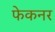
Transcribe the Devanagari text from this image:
फेकनर